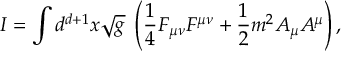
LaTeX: I = \int d ^ { d + 1 } x \sqrt g \; \left( { \frac { 1 } { 4 } } { \cal F } _ { \mu \nu } { \cal F } ^ { \mu \nu } + { \frac { 1 } { 2 } } m ^ { 2 } { \cal A } _ { \mu } { \cal A } ^ { \mu } \right) ,